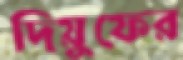
দিয়ুফের